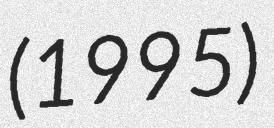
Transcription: (1995)